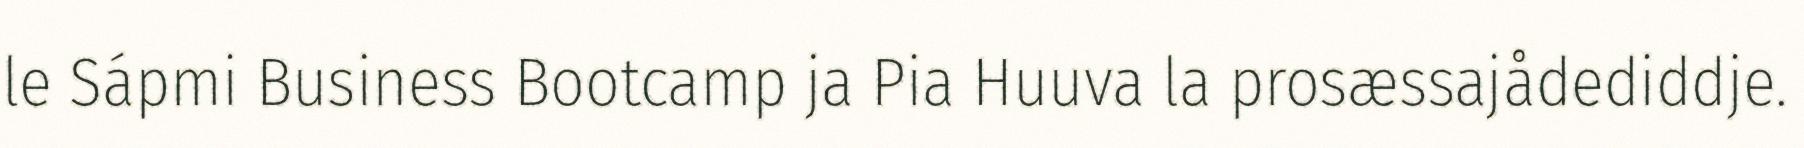
le Sápmi Business Bootcamp ja Pia Huuva la prosæssajådediddje.